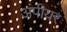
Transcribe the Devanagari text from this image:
अंपीयर